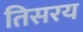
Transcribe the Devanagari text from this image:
तिसरय